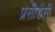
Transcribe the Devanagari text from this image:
प्रसीडेंसी